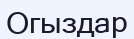
Огыздар